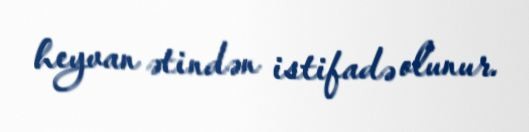
heyvan ətindən istifadə olunur.